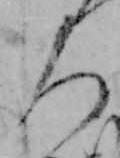
人